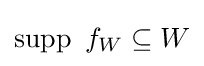
\operatorname {supp} ~f_{W}\subseteq W